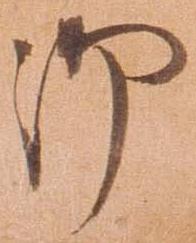
御